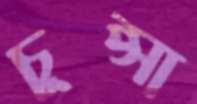
চুপ্‌সা